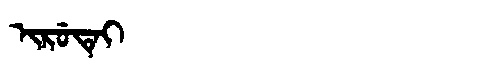
Manchu: ᡳᡵᡠᡨᡝᡳ
Romanization: IRUTEI